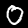
Digit: 0